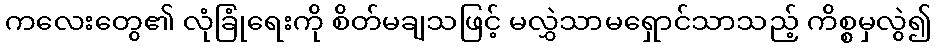
ကလေးတွေ၏ လုံခြုံရေးကို စိတ်မချသဖြင့် မလွှဲသာမရှောင်သာသည့် ကိစ္စမှလွဲ၍